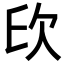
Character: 𣢔